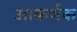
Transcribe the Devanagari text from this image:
आकर्णक